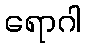
ရောဂါ